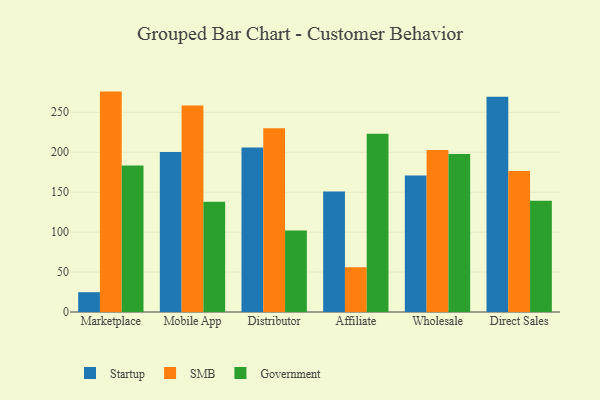
{"axis": {"x": "Channel", "y": "Production Output"}, "legend": ["Government", "SMB", "Startup"], "data": [{"x": "Marketplace", "y": 24.8, "type": "Startup"}, {"x": "Marketplace", "y": 275.9, "type": "SMB"}, {"x": "Marketplace", "y": 183.5, "type": "Government"}, {"x": "Mobile App", "y": 200.4, "type": "Startup"}, {"x": "Mobile App", "y": 258.6, "type": "SMB"}, {"x": "Mobile App", "y": 137.9, "type": "Government"}, {"x": "Distributor", "y": 205.9, "type": "Startup"}, {"x": "Distributor", "y": 230.0, "type": "SMB"}, {"x": "Distributor", "y": 102.0, "type": "Government"}, {"x": "Affiliate", "y": 151.0, "type": "Startup"}, {"x": "Affiliate", "y": 55.9, "type": "SMB"}, {"x": "Affiliate", "y": 223.1, "type": "Government"}, {"x": "Wholesale", "y": 170.8, "type": "Startup"}, {"x": "Wholesale", "y": 202.7, "type": "SMB"}, {"x": "Wholesale", "y": 197.9, "type": "Government"}, {"x": "Direct Sales", "y": 269.4, "type": "Startup"}, {"x": "Direct Sales", "y": 176.4, "type": "SMB"}, {"x": "Direct Sales", "y": 139.4, "type": "Government"}]}